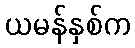
ယမန်နှစ်က